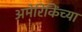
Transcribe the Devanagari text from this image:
अमेरिकिंच्या